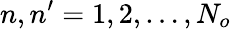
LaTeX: n,n^{\prime}=1,2,\ldots,N_{o}